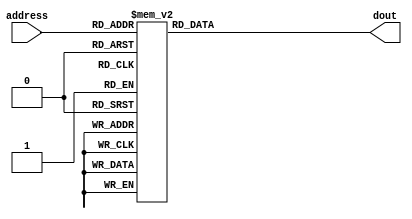
//------------------------
// ROM
//------------------------
module test_rom(
  input [3:0] address,
  output reg [7:0] dout
);

  always @(address)
    case (address)
      /*
        nLED
      */
      4'b0000: dout <= 8'b10111111; // OUT 15
      4'b0001: dout <= 8'b10110000; // OUT 0
      4'b0010: dout <= 8'b11110000; // JMP 0
      4'b0011: dout <= 8'b00000000;
      4'b0100: dout <= 8'b00000000;
      4'b0101: dout <= 8'b00000000;
      4'b0110: dout <= 8'b00000000;
      4'b0111: dout <= 8'b00000000;
      4'b1000: dout <= 8'b00000000;
      4'b1001: dout <= 8'b00000000;
      4'b1010: dout <= 8'b00000000;
      4'b1011: dout <= 8'b00000000;
      4'b1100: dout <= 8'b00000000;
      4'b1101: dout <= 8'b00000000;
      4'b1110: dout <= 8'b00000000;
      4'b1111: dout <= 8'b00000000;
      default: dout <= 8'bxxxxxxxx;
    endcase
endmodule